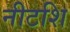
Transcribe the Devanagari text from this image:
नीटशि